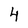
Character: 4